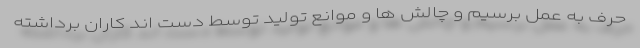
حرف به عمل برسیم و چالش ها و موانع تولید توسط دست اند کاران برداشته